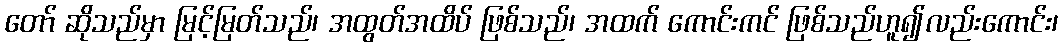
တော် ဆိုသည်မှာ မြင့်မြတ်သည်၊ အထွတ်အထိပ် ဖြစ်သည်၊ အထက် ကောင်းကင် ဖြစ်သည်ဟူ၍လည်းကောင်း၊